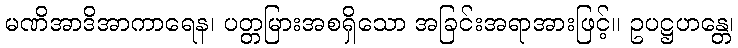
မဏိအာဒိအာကာရေန၊ ပတ္တမြားအစရှိသော အခြင်းအရာအားဖြင့်။ ဥပဋ္ဌဟန္တေ၊